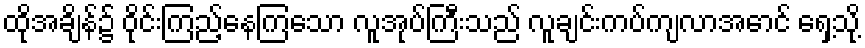
ထိုအချိန်၌ ဝိုင်းကြည့်နေကြသော လူအုပ်ကြီးသည် လူချင်းကပ်ကျလာအောင် ရှေ့သို့